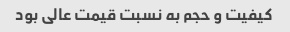
کیفیت و حجم به نسبت قیمت عالی بود